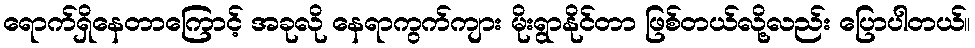
ရောက်ရှိနေတာကြောင့် အခုလို နေရာကွက်ကျား မိုးရွာနိုင်တာ ဖြစ်တယ်လို့လည်း ပြောပါတယ်။